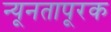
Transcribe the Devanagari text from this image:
न्यूनतापूरक